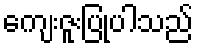
ကျေးဇူးပြုပါသည်